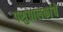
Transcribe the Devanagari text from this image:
पशुपालकांचे